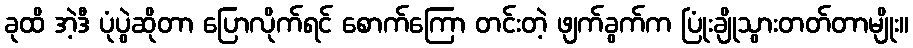
ခုထိ အဲ့ဒီ ပုံပွဲဆိုတာ ပြောလိုက်ရင် စောက်ကြော တင်းတဲ့ ဖျက်ခွက်က ပြုံးချိုသွားတတ်တာမျိုး။